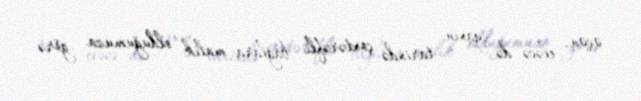
üçün, eləcə də yaxın tarixdə çoxtərəfli bağlara malik olduğumuza görə